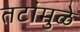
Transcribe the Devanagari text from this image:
तटांमुळे